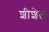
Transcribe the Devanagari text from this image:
शीशेल